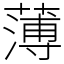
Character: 薄